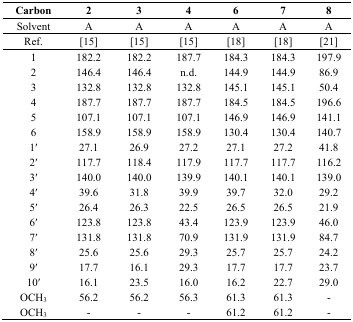
| Carbon | 2 | 3 | 4 | 6 | 7 | 8 |
 | --- | --- | --- | --- | --- | --- | --- |
 | Solvent | A | A | A | A | A | A |
 | Ref. | [15] | [15] | [15] | [18] | [18] | [21] |
 | 1 | 182.2 | 182.2 | 187.7 | 184.3 | 184.3 | 197.9 |
 | 2 | 146.4 | 146.4 | n.d. | 144.9 | 144.9 | 86.9 |
 | 3 | 132.8 | 132.8 | 132.8 | 145.1 | 145.1 | 50.4 |
 | 4 | 187.7 | 187.7 | 187.7 | 184.5 | 184.5 | 196.6 |
 | 5 | 107.1 | 107.1 | 107.1 | 146.9 | 146.9 | 141.1 |
 | 6 | 158.9 | 158.9 | 158.9 | 130.4 | 130.4 | 140.7 |
 | 1ʹ | 27.1 | 26.9 | 27.2 | 27.1 | 27.2 | 41.8 |
 | 2ʹ | 117.7 | 118.4 | 117.9 | 117.7 | 117.7 | 116.2 |
 | 3ʹ | 140.0 | 140.0 | 139.9 | 140.1 | 140.1 | 139.0 |
 | 4ʹ | 39.6 | 31.8 | 39.9 | 39.7 | 32.0 | 29.2 |
 | 5ʹ | 26.4 | 26.3 | 22.5 | 26.5 | 26.5 | 21.9 |
 | 6ʹ | 123.8 | 123.8 | 43.4 | 123.9 | 123.9 | 46.0 |
 | 7ʹ | 131.8 | 131.8 | 70.9 | 131.9 | 131.9 | 84.7 |
 | 8ʹ | 25.6 | 25.6 | 29.3 | 25.7 | 25.7 | 24.2 |
 | 9ʹ | 17.7 | 16.1 | 29.3 | 17.7 | 17.7 | 23.7 |
 | 10ʹ | 16.1 | 23.5 | 16.0 | 16.2 | 22.7 | 29.0 |
 | OCH3 | 56.2 | 56.2 | 56.3 | 61.3 | 61.3 | - |
 | OCH3 | - | - | - | 61.2 | 61.2 | - |